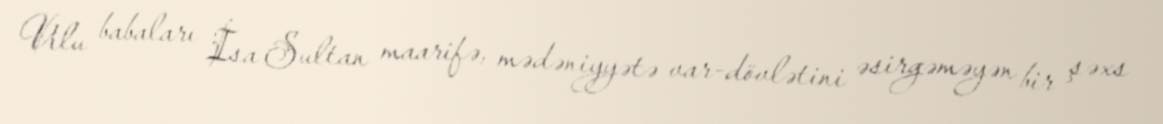
Ulu babaları İsa Sultan maarifə, mədəniyyətə var-dövlətini əsirgəməyən bir şəxs